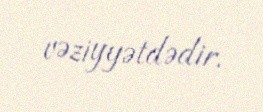
vəziyyətdədir.